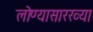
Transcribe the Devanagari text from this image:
लोण्यासारख्या